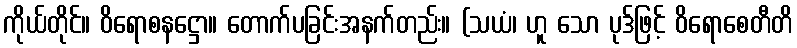
ကိုယ်တိုင်။ ဝိရောစနဋ္ဌော။ တောက်ပခြင်းအနက်တည်း။ (သယံ၊ ဟူ သော ပုဒ်ဖြင့် ဝိရောစေတီတိ